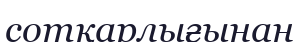
сотқарлығынан